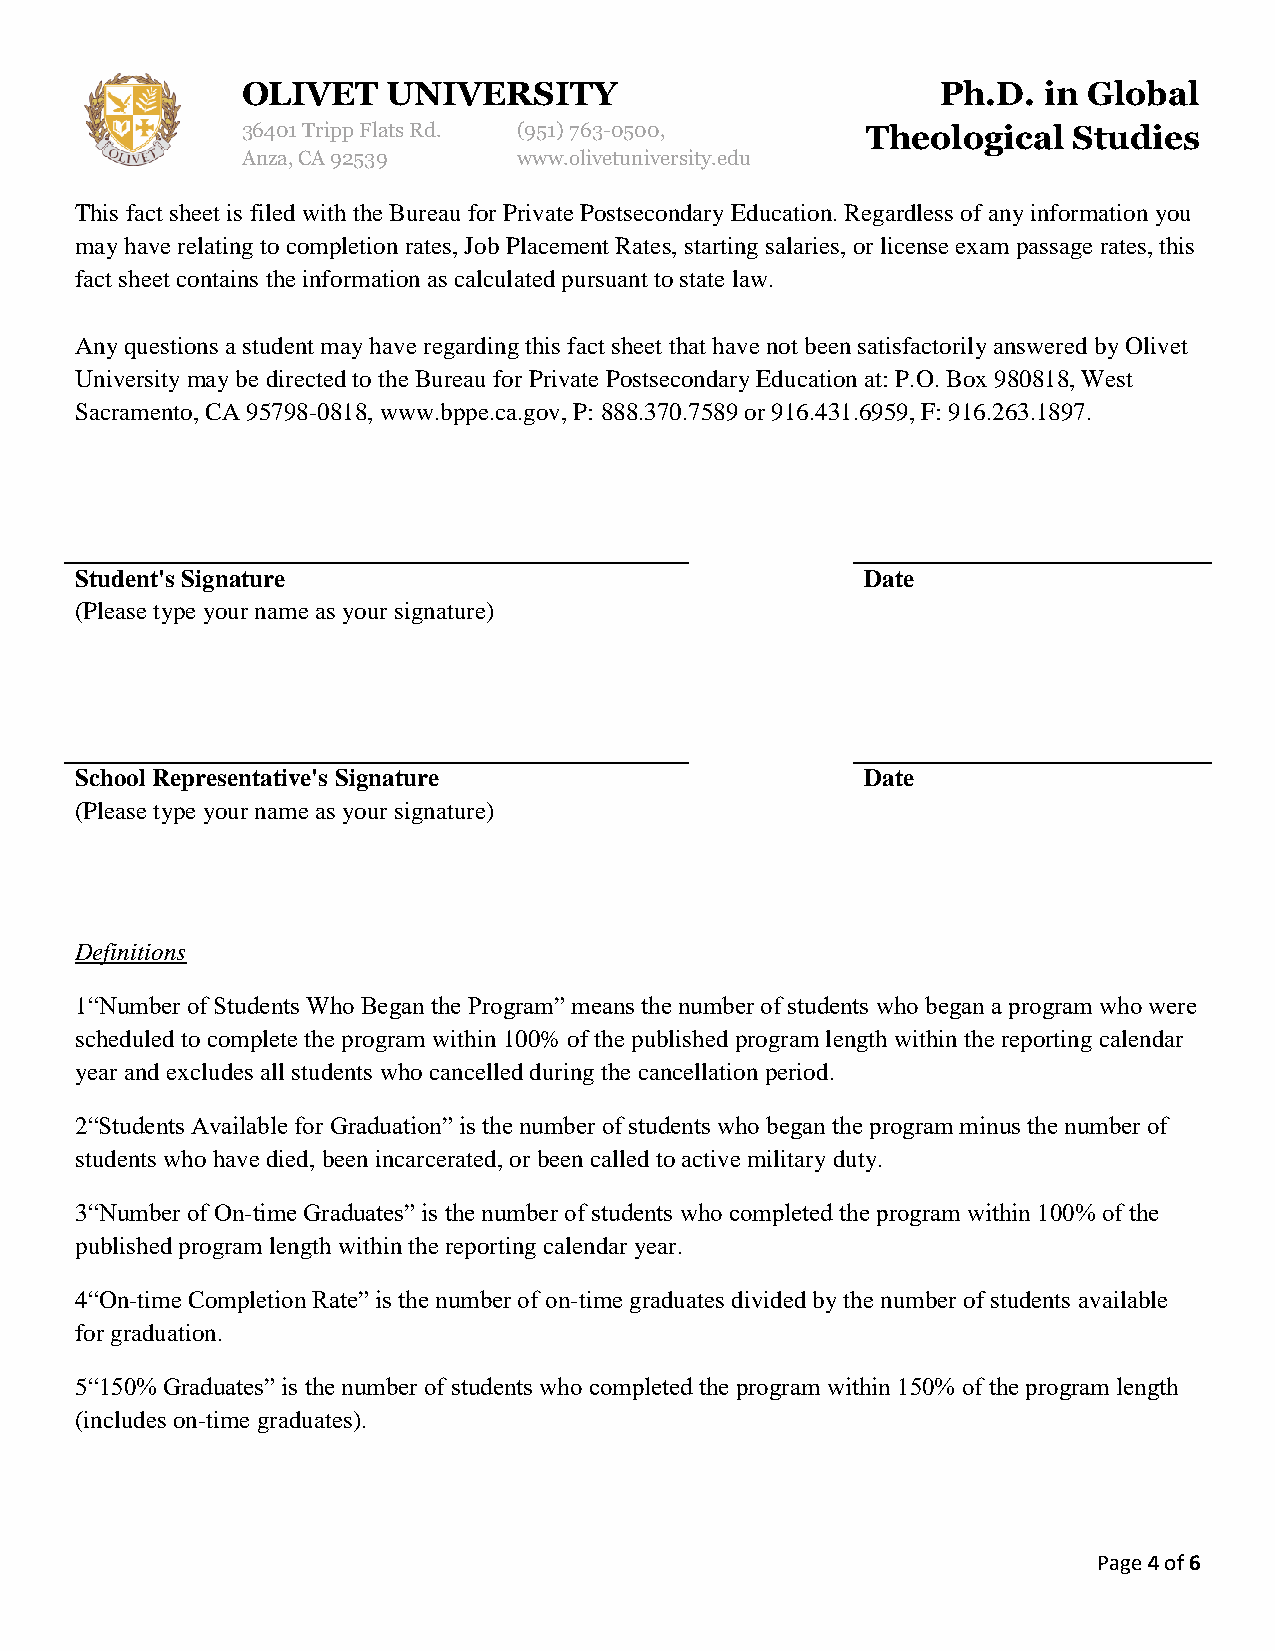
OLIVET    UNIVERSITY                          Ph.D.  in Global
 36401 Tripp Flats Rd. (951) 763-0500,    Theological   Studies
 Anza, CA 92539    www.olivetuniversity.edu
 This fact sheet is filed with the Bureau for Private Postsecondary Education. Regardless of any information you
 may have relating to completion rates, Job Placement Rates, starting salaries, or license exam passage rates, this
 fact sheet contains the information as calculated pursuant to state law.
 Any questions a student may have regarding this fact sheet that have not been satisfactorily answered by Olivet
 University may be directed to the Bureau for Private Postsecondary Education at: P.O. Box 980818, West
 Sacramento, CA 95798-0818, www.bppe.ca.gov, P: 888.370.7589 or 916.431.6959, F: 916.263.1897.
 Student's Signature                                 Date
 (Please type your name as your signature)
 School Representative's Signature                   Date
 (Please type your name as your signature)
 Definitions
 1“Number of Students Who Began the Program” means the number of students who began a program who were
 scheduled to complete the program within 100% of the published program length within the reporting calendar
 year and excludes all students who cancelled during the cancellation period.
 2“Students Available for Graduation” is the number of students who began the program minus the number of
 students who have died, been incarcerated, or been called to active military duty.
 3“Number of On-time Graduates” is the number of students who completed the program within 100% of the
 published program length within the reporting calendar year.
 4“On-time Completion Rate” is the number of on-time graduates divided by the number of students available
 for graduation.
 5“150% Graduates” is the number of students who completed the program within 150% of the program length
 (includes on-time graduates).
 Page 4 of 6